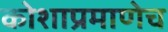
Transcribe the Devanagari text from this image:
कोशाप्रमाणेच